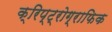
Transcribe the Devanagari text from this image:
क्रिप्ट्रोग्राफिक